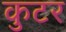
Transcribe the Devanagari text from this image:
कुटर